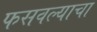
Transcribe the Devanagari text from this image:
फसवल्याचा